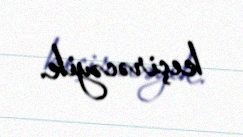
keçirəcəyik.